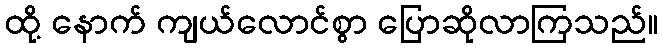
ထို့ နောက် ကျယ်လောင်စွာ ပြောဆိုလာကြသည်။